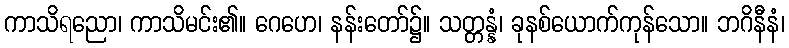
ကာသိရညော၊ ကာသိမင်း၏။ ဂေဟေ၊ နန်းတော်၌။ သတ္တန္နံ၊ ခုနစ်ယောက်ကုန်သော။ ဘဂိနီနံ၊